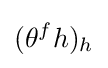
(\theta ^{f}h)_{h}